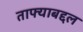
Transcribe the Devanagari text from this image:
ताफ्याबद्दल